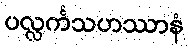
ပလ္လင်္ကသဟဿာနံ